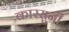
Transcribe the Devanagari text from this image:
कारसुनी